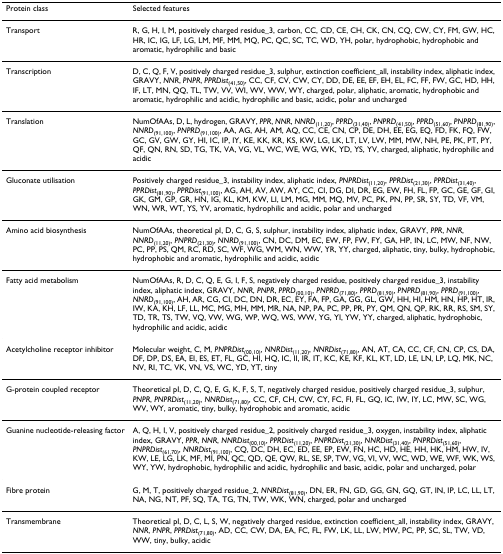
<table><thead><tr><td><b>Protein class</b></td><td><b>Selected features</b></td></tr></thead><tbody><tr><td>Transport</td><td>R, G, H, I, M, positively charged residue_3, carbon, CC, CD, CE, CH, CK, CN, CQ, CW, CY, FM, GW, HC, HR, IC, IG, LF, LG, LM, MF, MM, MQ, PC, QC, SC, TC, WD, YH, polar, hydrophobic, hydrophobic and aromatic, hydrophilic and basic</td></tr><tr><td>Transcription</td><td>D, C, Q, F, V, positively charged residue_3, sulphur, extinction coefficient_all, instability index, aliphatic index, GRAVY, <i>NNR</i>, <i>PNPR</i>, <i>PPRDist</i><sub>(41,50)</sub>, CC, CF, CV, CW, CY, DD, DE, EE, EF, EH, EL, FC, FF, FW, GC, HD, HH, IF, LT, MN, QQ, TL, TW, VV, WI, WV, WW, WY, charged, polar, aliphatic, aromatic, hydrophobic and aromatic, hydrophilic and acidic, hydrophilic and basic, acidic, polar and uncharged</td></tr><tr><td>Translation</td><td>NumOfAAs, D, L, hydrogen, GRAVY, <i>PPR</i>, <i>NNR</i>, <i>NNRD</i><sub>(11,20)</sub>, <i>PPRD</i><sub>(31,40)</sub>, <i>PNPRD</i><sub>(41,50)</sub>, <i>PPRD</i><sub>(51,60)</sub>, <i>PNPRD</i><sub>(81,90)</sub>, <i>NNRD</i><sub>(91,100)</sub>, <i>PNPRD</i><sub>(91,100)</sub>, AA, AG, AH, AM, AQ, CC, CE, CN, CP, DE, DH, EE, EG, EQ, FD, FK, FQ, FW, GC, GV, GW, GY, HI, IC, IP, IY, KE, KK, KR, KS, KW, LG, LK, LT, LV, LW, MM, MW, NH, PE, PK, PT, PY, QF, QN, RN, SD, TG, TK, VA, VG, VL, WC, WE, WG, WK, YD, YS, YV, charged, aliphatic, hydrophilic and acidic</td></tr><tr><td>Gluconate utilisation</td><td>Positively charged residue_3, instability index, aliphatic index, <i>PNPRDist</i><sub>(11,20)</sub>, <i>PPRDist</i><sub>(21,30)</sub>, <i>PPRDist</i><sub>(31,40)</sub>, <i>PPRDist</i><sub>(81,90)</sub>, <i>PPRDist</i><sub>(91,100)</sub>, AG, AH, AV, AW, AY, CC, CI, DG, DI, DR, EG, EW, FH, FL, FP, GC, GE, GF, GI, GK, GM, GP, GR, HN, IG, KL, KM, KW, LI, LM, MG, MM, MQ, MV, PC, PK, PN, PP, SR, SY, TD, VF, VM, WN, WR, WT, YS, YV, aromatic, hydrophilic and acidic, polar and uncharged</td></tr><tr><td>Amino acid biosynthesis</td><td>NumOfAAs, theoretical pI, D, C, G, S, sulphur, instability index, aliphatic index, GRAVY, <i>PPR</i>, <i>NNR</i>, <i>NNRD</i><sub>(11,20)</sub>, <i>PNPRD</i><sub>(21,30)</sub>, <i>NNRD</i><sub>(91,100)</sub>, CN, DC, DM, EC, EW, FP, FW, FY, GA, HP, IN, LC, MW, NF, NW, PC, PP, PS, QM, RC, RD, SC, WF, WG, WM, WN, WW, YR, YY, charged, aliphatic, tiny, bulky, hydrophobic, hydrophobic and aromatic, hydrophilic and acidic, acidic</td></tr><tr><td>Fatty acid metabolism</td><td>NumOfAAs, R, D, C, Q, E, G, I, F, S, negatively charged residue, positively charged residue_3, instability index, aliphatic index, GRAVY, <i>NNR</i>, <i>PNPR</i>, <i>PPRD</i><sub>(00,10)</sub>, <i>PNPRD</i><sub>(71,80)</sub>, <i>PPRD</i><sub>(81,90)</sub>, <i>PNPRD</i><sub>(81,90)</sub>, <i>PPRD</i><sub>(91,100)</sub>, <i>NNRD</i><sub>(91,100)</sub>, AH, AR, CG, CI, DC, DN, DR, EC, EY, FA, FP, GA, GG, GL, GW, HH, HI, HM, HN, HP, HT, IR, IW, KA, KH, LF, LL, MC, MG, MH, MM, MR, NA, NP, PA, PC, PP, PR, PY, QM, QN, QP, RK, RR, RS, SM, SY, TD, TR, TS, TW, VQ, VW, WG, WP, WQ, WS, WW, YG, YI, YW, YY, charged, aliphatic, hydrophobic, hydrophilic and acidic, acidic</td></tr><tr><td>Acetylcholine receptor inhibitor</td><td>Molecular weight, C, M, <i>PNPRDist</i><sub>(00,10)</sub>, <i>NNRDist</i><sub>(11,20)</sub>, <i>NNRDist</i><sub>(71,80)</sub>, AN, AT, CA, CC, CF, CN, CP, CS, DA, DF, DP, DS, EA, EI, ES, ET, FL, GC, HI, HQ, IC, II, IR, IT, KC, KE, KF, KL, KT, LD, LE, LN, LP, LQ, MK, NC, NV, RI, TC, VK, VN, VS, WC, YD, YT, tiny</td></tr><tr><td>G-protein coupled receptor</td><td>Theoretical pI, D, C, Q, E, G, K, F, S, T, negatively charged residue, positively charged residue_3, sulphur, <i>PNPR</i>, <i>PNPRDist</i><sub>(11,20)</sub>, <i>NNRDist</i><sub>(71,80)</sub>, CC, CF, CH, CW, CY, FC, FI, FL, GQ, IC, IW, IY, LC, MW, SC, WG, WV, WY, aromatic, tiny, bulky, hydrophobic and aromatic, acidic</td></tr><tr><td>Guanine nucleotide-releasing factor</td><td>A, Q, H, I, V, positively charged residue_2, positively charged residue_3, oxygen, instability index, aliphatic index, GRAVY, <i>PPR</i>, <i>NNR</i>, <i>NNRDist</i><sub>(00,10)</sub>, <i>PPRDist</i><sub>(11,20)</sub>, <i>PNPRDist</i><sub>(21,30)</sub>, <i>NNRDist</i><sub>(31,40)</sub>, <i>PNPRDist</i><sub>(51,60)</sub>, <i>PNPRDist</i><sub>(61,70)</sub>, <i>NNRDist</i><sub>(91,100)</sub>, CQ, DC, DH, EC, ED, EE, EP, EW, FN, HC, HD, HE, HH, HK, HM, HW, IV, KW, LE, LG, LK, MF, MI, PN, QC, QD, QE, QW, RL, SE, SP, TW, VG, VI, VV, WC, WD, WE, WF, WK, WS, WY, YW, hydrophobic, hydrophilic and acidic, hydrophilic and basic, acidic, polar and uncharged, polar</td></tr><tr><td>Fibre protein</td><td>G, M, T, positively charged residue_2, <i>NNRDist</i><sub>(81,90)</sub>, DN, ER, FN, GD, GG, GN, GQ, GT, IN, IP, LC, LL, LT, NA, NG, NT, PF, SQ, TA, TG, TN, TW, WK, WN, charged, polar and uncharged</td></tr><tr><td>Transmembrane</td><td>Theoretical pI, D, C, L, S, W, negatively charged residue, extinction coefficient_all, instability index, GRAVY, <i>NNR</i>, <i>PNPR</i>, <i>PPRDist</i><sub>(71,80)</sub>, AD, CC, CW, DA, EA, FC, FL, FW, LK, LL, LW, MW, PC, PP, SC, SL, TW, VD, WW, tiny, bulky, acidic</td></tr></tbody></table>